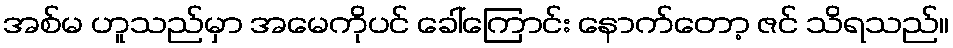
အစ်မ ဟူသည်မှာ အမေကိုပင် ခေါ်ကြောင်း နောက်တော့ ဇင် သိရသည်။